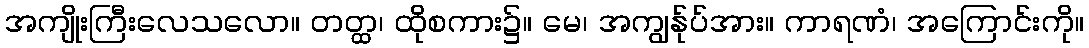
အကျိုးကြီးလေသလော။ တတ္ထ၊ ထိုစကား၌။ မေ၊ အကျွန်ုပ်အား။ ကာရဏံ၊ အကြောင်းကို။